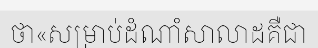
ថា«សម្រាប់ដំណាំសាលាដគឺជា